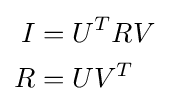
{\begin{aligned}I&=U^{T}RV\\R&=UV^{T}\\\end{aligned}}